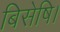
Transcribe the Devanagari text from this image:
बिसेषि।